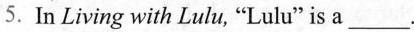
5.In Living with Lulu, "Lulu" is a ___.